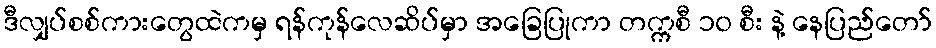
ဒီလျှပ်စစ်ကားတွေထဲကမှ ရန်ကုန်လေဆိပ်မှာ အခြေပြုကာ တက္ကစီ ၁၀ စီး နဲ့ နေပြည်တော်